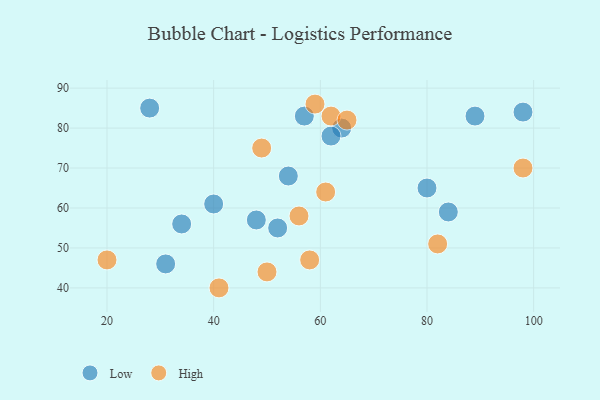
{"axis": {"x": "GDP", "y": "Life Expectancy"}, "legend": ["High", "Low"], "data": [{"x": "28", "y": 85, "type": "Low"}, {"x": "48", "y": 57, "type": "Low"}, {"x": "57", "y": 83, "type": "Low"}, {"x": "34", "y": 56, "type": "Low"}, {"x": "89", "y": 83, "type": "Low"}, {"x": "98", "y": 84, "type": "Low"}, {"x": "54", "y": 68, "type": "Low"}, {"x": "84", "y": 59, "type": "Low"}, {"x": "64", "y": 80, "type": "Low"}, {"x": "40", "y": 61, "type": "Low"}, {"x": "80", "y": 65, "type": "Low"}, {"x": "31", "y": 46, "type": "Low"}, {"x": "52", "y": 55, "type": "Low"}, {"x": "62", "y": 78, "type": "Low"}, {"x": "20", "y": 47, "type": "High"}, {"x": "41", "y": 40, "type": "High"}, {"x": "58", "y": 47, "type": "High"}, {"x": "56", "y": 58, "type": "High"}, {"x": "62", "y": 83, "type": "High"}, {"x": "82", "y": 51, "type": "High"}, {"x": "65", "y": 82, "type": "High"}, {"x": "49", "y": 75, "type": "High"}, {"x": "61", "y": 64, "type": "High"}, {"x": "98", "y": 70, "type": "High"}, {"x": "59", "y": 86, "type": "High"}, {"x": "50", "y": 44, "type": "High"}]}